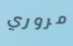
مروري